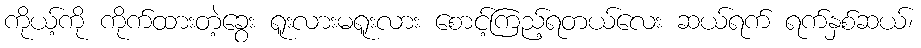
ကိုယ့်ကို ကိုက်ထားတဲ့ခွေး ရူးလားမရူးလား စောင့်ကြည့်ရတယ်လေး ဆယ်ရက် ရက်နှစ်ဆယ်၊